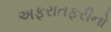
અફરાતફરીનો